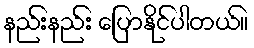
နည်းနည်း ပြောနိုင်ပါတယ်။